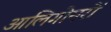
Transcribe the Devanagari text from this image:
आलिगोमरों